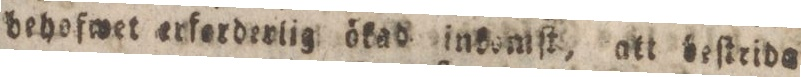
behofwet erferderlig ökad insomſt, att beſtrida